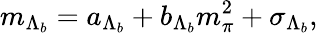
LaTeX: m_{\Lambda_{b}}=a_{\Lambda_{b}}+b_{\Lambda_{b}}m_{\pi}^{2}+\sigma_{\Lambda_{b}},